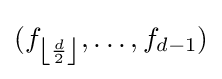
(f_{\left\lfloor {\frac {d}{2}}\right\rfloor },\ldots ,f_{d-1})